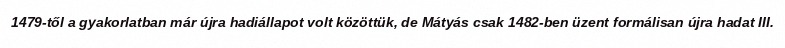
1479-től a gyakorlatban már újra hadiállapot volt közöttük, de Mátyás csak 1482-ben üzent formálisan újra hadat III.